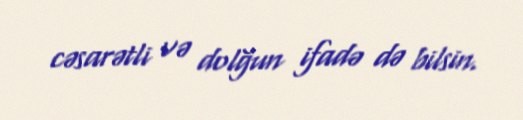
cəsarətli və dolğun ifadə də bilsin.